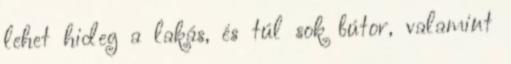
lehet hideg a lakás, és túl sok bútor, valamint